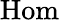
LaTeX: \operatorname{Hom}